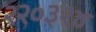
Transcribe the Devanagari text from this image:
२२०३२४